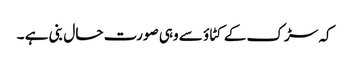
کہ سڑک کے کٹاؤ سے وہی صورت حال بنی ہے ۔